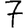
Digit: 7